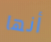
أنها